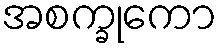
အစက္ခုကော